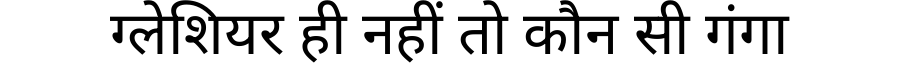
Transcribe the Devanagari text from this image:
ग्लेशियर ही नहीं तो कौन सी गंगा